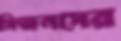
সিজনসের